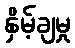
နှိမ့်ချမှု